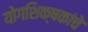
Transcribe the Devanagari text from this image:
योगशिक्षकांचे